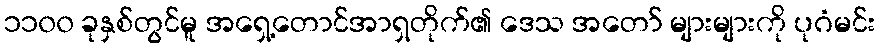
၁၁၀၀ ခုနှစ်တွင်မူ အရှေ့တောင်အာရှတိုက်၏ ဒေသ အတော် များများကို ပုဂံမင်း